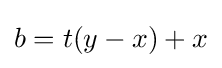
b=t(y-x)+x